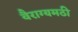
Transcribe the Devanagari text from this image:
वैराग्यमठी